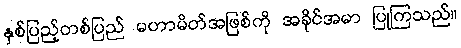
နှစ်ပြည့်တစ်ပြည် မဟာမိတ်အဖြစ်ကို အခိုင်အမာ ပြုကြသည်။